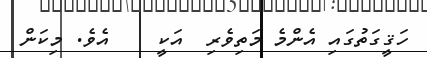
ހަޤީގަތުގައި އެންމެ މަތިވެރި  އަކީ    އެވެ. މިކަން